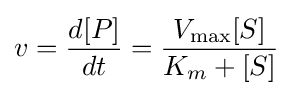
v={\frac {d[P]}{dt}}={\frac {V_{\max }{[S]}}{K_{m}+[S]}}